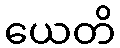
ယေတိ